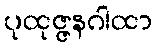
ပုထုဇ္ဇနဂါထာ